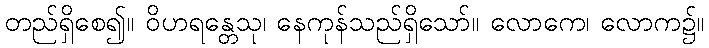
တည်ရှိစေ၍။ ဝိဟရန္တေသု၊ နေကုန်သည်ရှိသော်။ လောကေ၊ လောက၌။